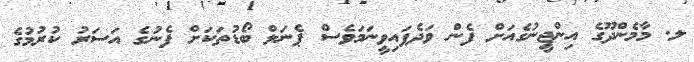
ލ. މާމެންދޫގެ އިންޖީނުގެއަށް ފެން ވަދެފައިވީނަމަވެސް ޕެނަލް ބޯޑުތަކަށް ފެނުގެ އަސަރު ކުރުމުގެ